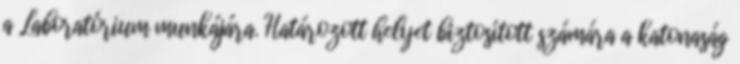
a Laboratórium munkájára. Határozott helyet biztosított számára a katonaság